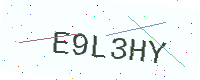
Text: E9L3HY